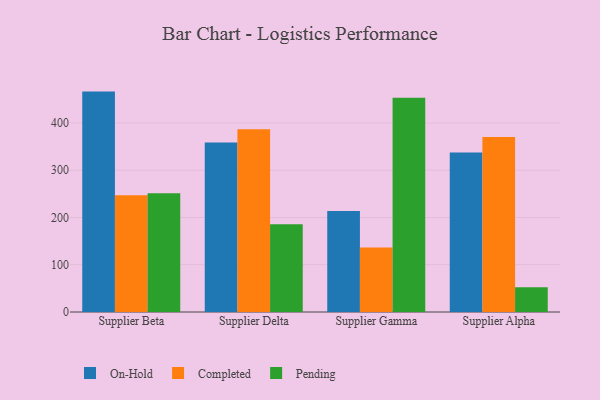
{"axis": {"x": "Supplier", "y": "Demand Index"}, "legend": ["Completed", "On-Hold", "Pending"], "data": [{"x": "Supplier Beta", "y": 466.3, "type": "On-Hold"}, {"x": "Supplier Beta", "y": 247.1, "type": "Completed"}, {"x": "Supplier Beta", "y": 251.2, "type": "Pending"}, {"x": "Supplier Delta", "y": 358.8, "type": "On-Hold"}, {"x": "Supplier Delta", "y": 386.6, "type": "Completed"}, {"x": "Supplier Delta", "y": 185.6, "type": "Pending"}, {"x": "Supplier Gamma", "y": 213.6, "type": "On-Hold"}, {"x": "Supplier Gamma", "y": 136.2, "type": "Completed"}, {"x": "Supplier Gamma", "y": 453.3, "type": "Pending"}, {"x": "Supplier Alpha", "y": 337.4, "type": "On-Hold"}, {"x": "Supplier Alpha", "y": 370.0, "type": "Completed"}, {"x": "Supplier Alpha", "y": 52.3, "type": "Pending"}]}